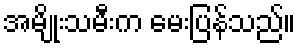
အမျိုးသမီးက မေးပြန်သည်။